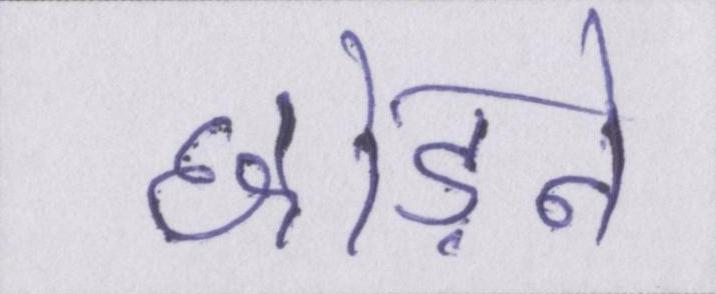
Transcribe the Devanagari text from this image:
छोड़ने